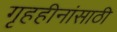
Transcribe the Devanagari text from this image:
गृहहीनांसाठी